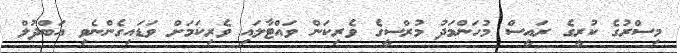
މިސްރުގެ ކުރީގެ ރައީސް މުހަންމަދު މުރްސީގެ ވެރިކަން ވައްޓާލައި ވެރިކަމަށް ވަޑައިގެންނެވި އަބްދުލް